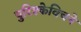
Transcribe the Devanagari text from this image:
पुरिश्केविचने